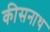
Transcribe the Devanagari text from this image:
कीसनाथ